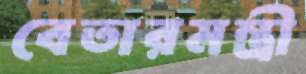
বেতারমন্ত্রী